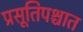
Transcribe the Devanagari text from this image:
प्रसूतिपश्चात